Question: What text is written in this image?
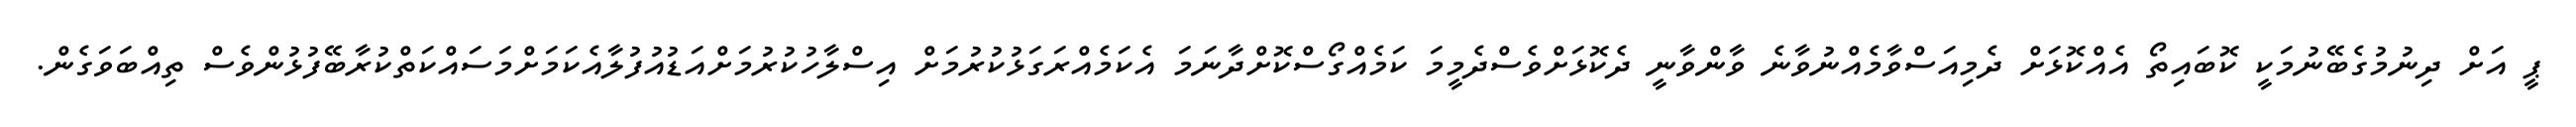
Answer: ޕީ އަށް ދިނުމުގެބޭނުމަކީ ކޮބައިތޯ އެއްކޮޅަށް ދެމިއަސްވާމެއްނުވާނެ ވާންވާނީ ދެކޮޅަށްވެސްދެމީމަ ކަމެއްގޯސްކޮށްދާނަމަ އެކަމެއްރަގަޅުކުރުމަށް އިސްލާހުކުރުމަށްއަޑުއުފުލާއެކަމަށްމަސައްކަތްކުރާބޭފުޅުންވެސް ތިއްބަވަގެން.